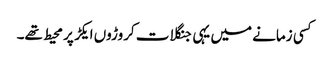
کسی زمانے میں یہی جنگلات کروڑوں ایکڑ پر محیط تھے۔